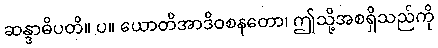
ဆန္ဒာဓိပတိ။ ပ။ ယောတိအာဒိဝစနတော၊ ဤသို့အစရှိသည်ကို